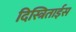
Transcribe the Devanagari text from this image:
दिस्त्रिताईस